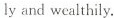
ly and wealthily.